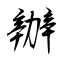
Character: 辦